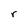
Character: r